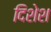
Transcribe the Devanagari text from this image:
दिशेश